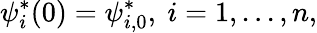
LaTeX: \psi_{i}^{*}(0)=\psi_{i,0}^{*},\ i=1,...,n,